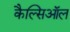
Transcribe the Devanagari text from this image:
कैल्सिऑल